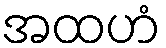
အထဟံ